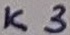
Text: K3